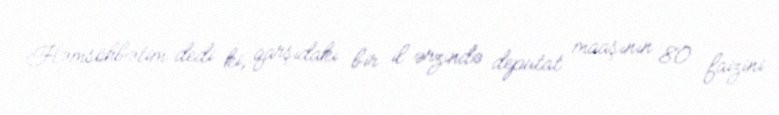
Həmsöhbətim dedi ki, qarşıdakı bir il ərzində deputat maaşının 80 faizini